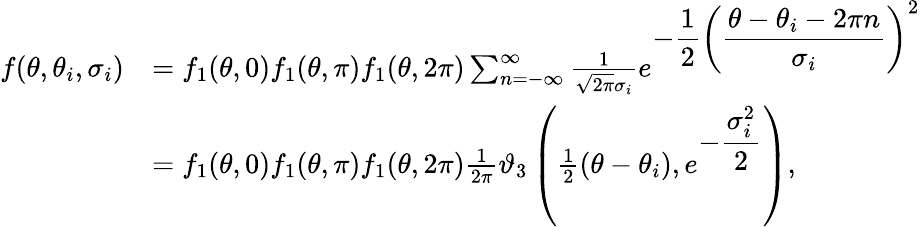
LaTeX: \begin{array}{rl}{f(\theta,\theta_{i},\sigma_{i})}&{=f_{1}(\theta,0)f_{1}(\theta,\pi)f_{1}(\theta,2\pi)\sum_{n=-\infty}^{\infty}\frac{1}{\sqrt{2\pi}\sigma_{i}}e^{\displaystyle-\frac{1}{2}\left(\frac{\theta-\theta_{i}-2\pi n}{\sigma_{i}}\right)^{2}}}\\ &{=f_{1}(\theta,0)f_{1}(\theta,\pi)f_{1}(\theta,2\pi)\frac{1}{2\pi}\vartheta_{3}\left(\frac{1}{2}\left(\theta-\theta_{i}\right),e^{\displaystyle-\frac{\sigma_{i}^{2}}{2}}\right),}\end{array}